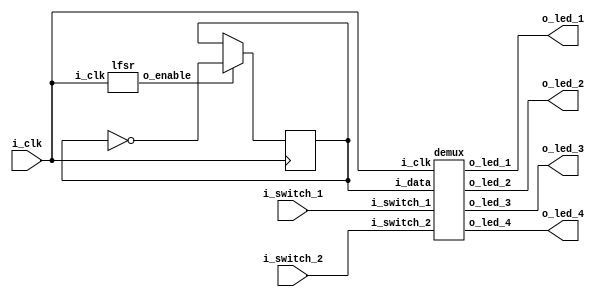
// Code your design here
module demux_lfsr(
  input i_clk,
  input i_switch_1,
  input i_switch_2,
  output o_led_1,
  output o_led_2,
  output o_led_3,
  output o_led_4
);
  
  reg r_lfsr_toggle = 1'b0;
  wire lfsr_enable;
  
  lfsr lfsr_inst(
    .i_clk(i_clk),
    .o_enable(lfsr_enable)
  );
  
  always @(posedge i_clk)
    begin
      if (lfsr_enable)
        begin
      	  r_lfsr_toggle <= ~r_lfsr_toggle;
        end
    end
  
  demux demux_inst(
    .i_clk(i_clk),
    .i_data(r_lfsr_toggle),
    .i_switch_1(i_switch_1),
    .i_switch_2(i_switch_2),
    .o_led_1(o_led_1),
    .o_led_2(o_led_2),
    .o_led_3(o_led_3),
    .o_led_4(o_led_4)
  );
  
endmodule


module demux(
  input i_clk,
  input i_data,
  input i_switch_1,
  input i_switch_2,
  output o_led_1,
  output o_led_2,
  output o_led_3,
  output o_led_4
);
  
  assign o_led_1 = !i_switch_1 & !i_switch_2 ? i_data : 1'b0;
  assign o_led_2 = i_switch_1 & !i_switch_2 ? i_data : 1'b0;
  assign o_led_3 = !i_switch_1 & i_switch_2 ? i_data : 1'b0;
  assign o_led_4 = i_switch_1 & i_switch_2 ? i_data : 1'b0;
  
endmodule

module lfsr(
  input i_clk,
  output o_enable
);
  
  reg [21:0] r_lfsr = 22'd0;
  wire w_XNOR;
  
  always @(posedge i_clk)
    begin
      r_lfsr[21:1] <= r_lfsr[20:0];
      r_lfsr[0] <= w_XNOR;
    end
  
  assign w_XNOR = (r_lfsr[21] ^~ r_lfsr[20]);
  assign o_enable = (r_lfsr == 22'd0);
  
endmodule